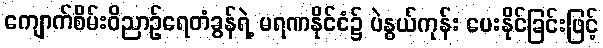
ကျောက်စိမ်းဝိညာဉ်ရေတံခွန်ရဲ့ မရဏနိုင်ငံ၌ ပဲနွယ်ကုန်း ပေးနိုင်ခြင်းဖြင့်